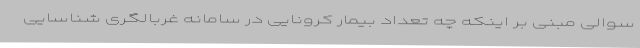
سوالی مبنی بر اینکه چه تعداد بیمار کرونایی در سامانه غربالگری شناسایی